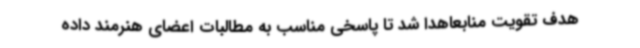
هدف تقویت منابعاهدا شد تا پاسخی مناسب به مطالبات اعضای هنرمند داده